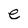
Character: e